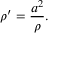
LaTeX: \rho ^ { \prime } = { \frac { a ^ { 2 } } { \rho } } .